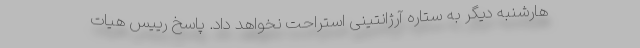
هارشنبه دیگر به ستاره آرژانتینی استراحت نخواهد داد. پاسخ رییس هیات